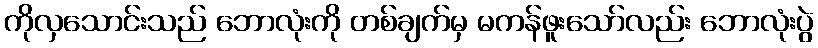
ကိုလှသောင်းသည် ဘောလုံးကို တစ်ချက်မှ မကန်ဖူးသော်လည်း ဘောလုံးပွဲ